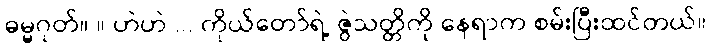
ဓမ္မဂုတ်။ ။ ဟဲဟဲ ... ကိုယ်တော်ရဲ့ ဇွဲသတ္တိကို နေရာက စမ်းပြီးထင်တယ်။